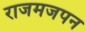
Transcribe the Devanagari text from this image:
राजमजपन